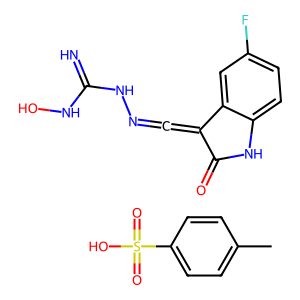
SMILES: Cc1ccc(S(=O)(=O)O)cc1.N=C(NO)NN=C=C1C(=O)Nc2ccc(F)cc21
Inhibits HIV replication: No